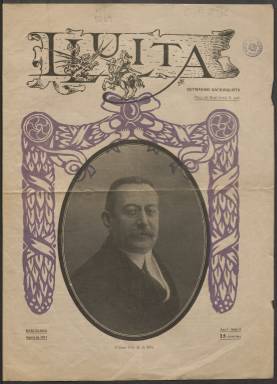
Título: Lluita (Barcelona. 1917)
Colección: Periódicos
Ámbito geográfico: Barcelona
Lugar de publicación: Barcelona
Fechas: 01/08/1917-31/08/1917